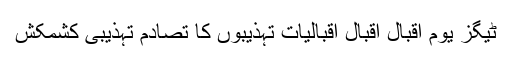
ٹیگز یوم اقبال اقبال اقبالیات تہذیبوں کا تصادم تہذیبی کشمکش